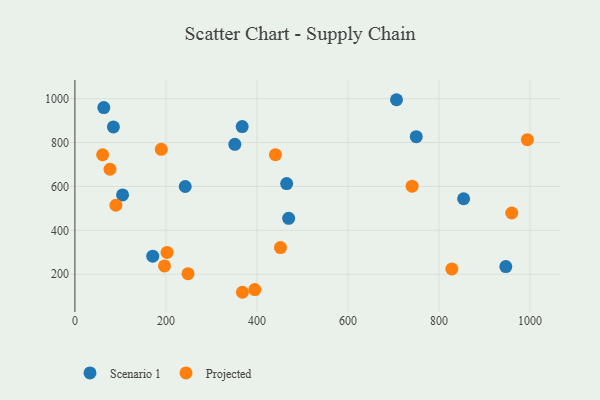
{"axis": {"x": "Ad Spend", "y": "Exam Score"}, "legend": ["Projected", "Scenario 1"], "data": [{"x": "242.4", "y": 599.7, "type": "Scenario 1"}, {"x": "84.6", "y": 871.1, "type": "Scenario 1"}, {"x": "63.5", "y": 959.5, "type": "Scenario 1"}, {"x": "351.4", "y": 791.8, "type": "Scenario 1"}, {"x": "171.0", "y": 282.4, "type": "Scenario 1"}, {"x": "750.1", "y": 826.9, "type": "Scenario 1"}, {"x": "706.7", "y": 995.2, "type": "Scenario 1"}, {"x": "946.9", "y": 235.0, "type": "Scenario 1"}, {"x": "104.7", "y": 561.5, "type": "Scenario 1"}, {"x": "465.3", "y": 613.0, "type": "Scenario 1"}, {"x": "854.2", "y": 543.9, "type": "Scenario 1"}, {"x": "367.6", "y": 872.8, "type": "Scenario 1"}, {"x": "469.7", "y": 454.5, "type": "Scenario 1"}, {"x": "451.7", "y": 321.2, "type": "Projected"}, {"x": "189.8", "y": 769.1, "type": "Projected"}, {"x": "248.6", "y": 202.6, "type": "Projected"}, {"x": "90.0", "y": 514.4, "type": "Projected"}, {"x": "77.1", "y": 678.4, "type": "Projected"}, {"x": "202.5", "y": 299.2, "type": "Projected"}, {"x": "994.3", "y": 813.1, "type": "Projected"}, {"x": "196.8", "y": 237.8, "type": "Projected"}, {"x": "960.0", "y": 479.0, "type": "Projected"}, {"x": "741.0", "y": 601.3, "type": "Projected"}, {"x": "60.9", "y": 744.4, "type": "Projected"}, {"x": "395.3", "y": 130.0, "type": "Projected"}, {"x": "368.1", "y": 117.7, "type": "Projected"}, {"x": "828.3", "y": 223.8, "type": "Projected"}, {"x": "440.7", "y": 744.7, "type": "Projected"}]}